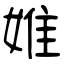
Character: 婎